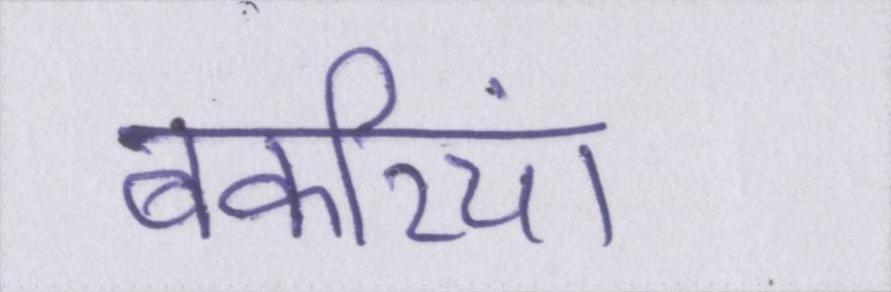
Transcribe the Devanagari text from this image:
बकरियां